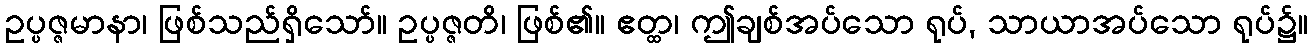
ဥပ္ပဇ္ဇမာနာ၊ ဖြစ်သည်ရှိသော်။ ဥပ္ပဇ္ဇတိ၊ ဖြစ်၏။ ဧတ္ထ၊ ဤချစ်အပ်သော ရုပ်, သာယာအပ်သော ရုပ်၌။